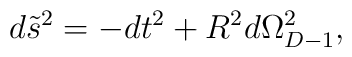
d\tilde s^2 = -dt^2 + R^2d\Omega^2_{D-1},